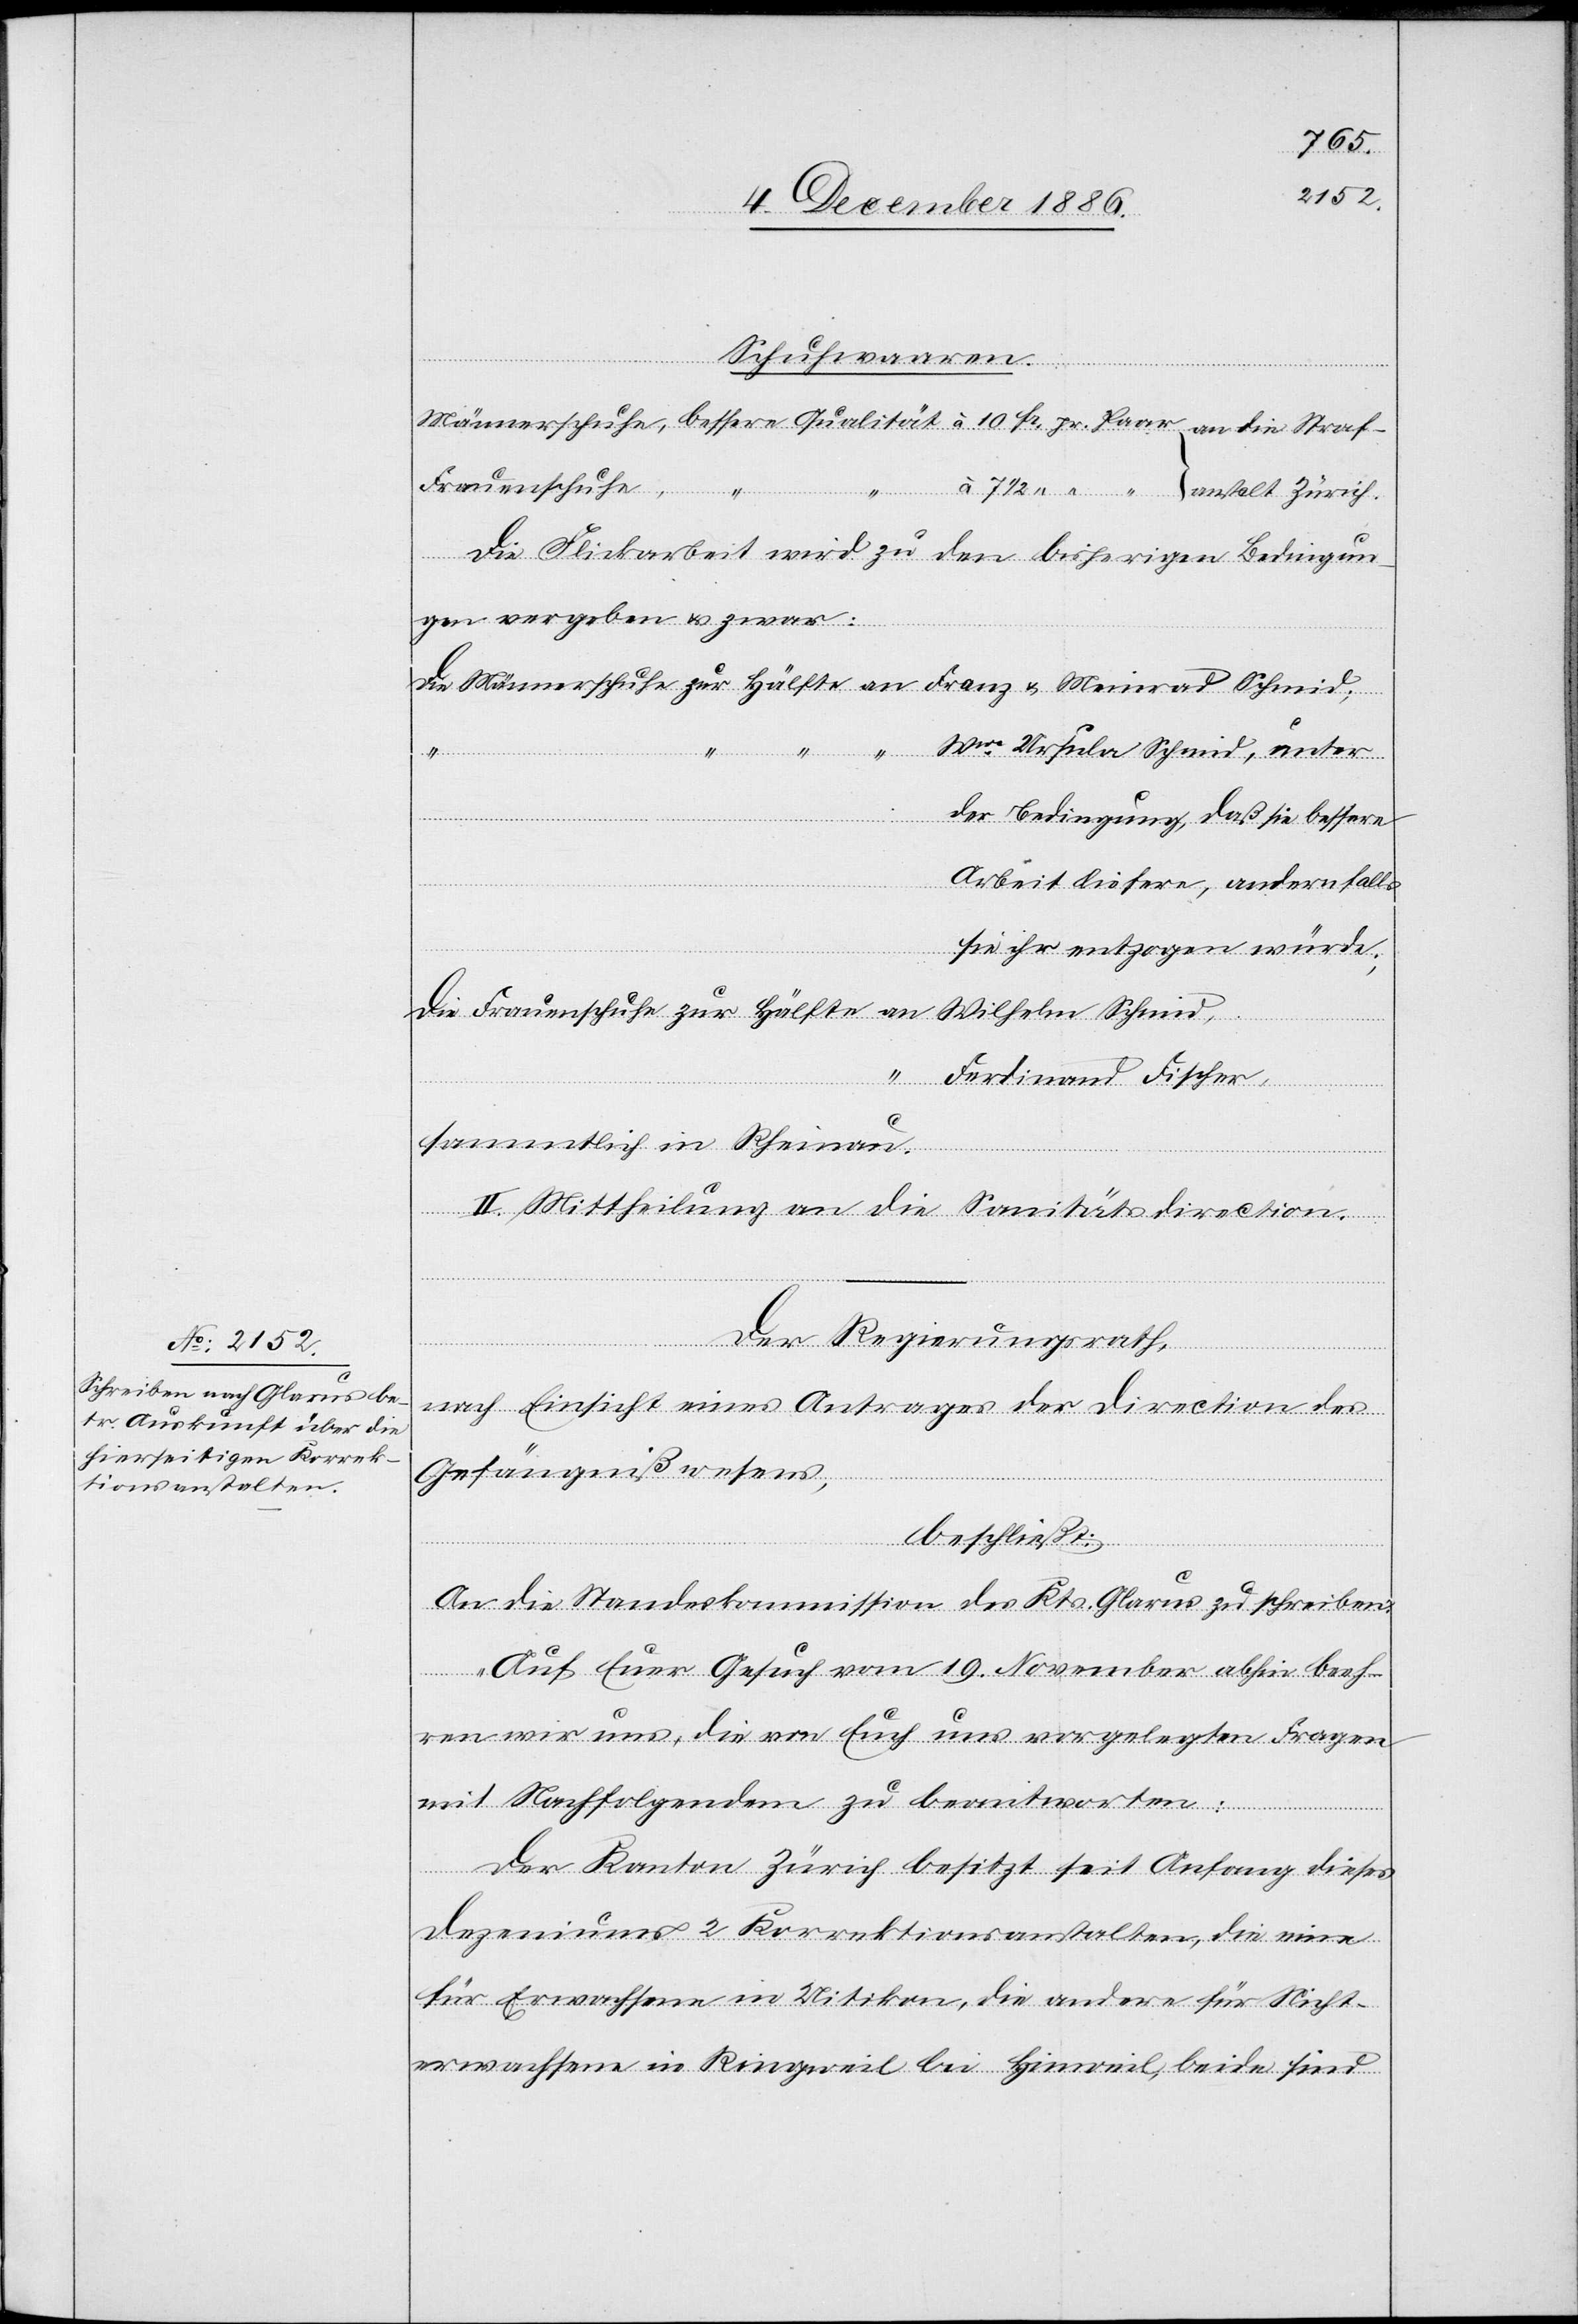
Schuhwaaren.
Frauenschuhe
in Rheinau.
“
Die Flickarbeit wird zu den bisherigen Bedingun¬
gen vergeben & zwar:
sammtlich
Wwe Ursula Schmid, unter
der Bedingung, daß sie bessere
Arbeit liefere, andernfalls
sie ihr entzogen würde;
an
II. Mittheilung an die Sanitätsdirection.
Der Regierungsrath,
nach Einsicht eines Antrages der Direction des
Gefängnißwesens,
beschließt:
An die Standeskommission des Kts. Glarus zu schreiben:
„Auf Euer Gesuch vom 19. November abhin beeh¬
ren wir uns, die von Euch uns vorgelegten Fragen
mit Nachfolgendem zu beantworten:
Der Kanton Zürich besitzt seit Anfang dieses
Dezeniums 2 Korrektionsanstalten, die eine
für Erwachsene in Uitikon, die andere für Nicht¬
erwachsene in Ringweil bei Hinweil, beide sind